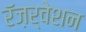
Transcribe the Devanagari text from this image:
रॅज़र्वेशन